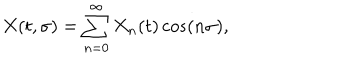
X ( t , \sigma ) = \sum _ { n = 0 } ^ { \infty } X _ { n } ( t ) \cos ( n \sigma ) ,